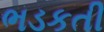
ભડકતી